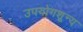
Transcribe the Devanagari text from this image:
उपयोगशून्य